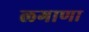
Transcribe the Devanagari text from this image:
लगाणा